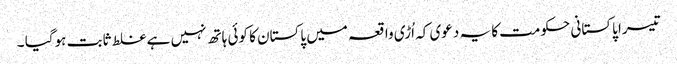
تیسرا پاکستانی حکومت کا یہ دعوی کہ اُڑی واقعہ میں پاکستان کا کوئی ہاتھ نہیں ہے غلط ثابت ہوگیا ۔